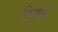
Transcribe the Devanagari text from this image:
विठ्ठलें